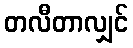
တလီတာလျှင်